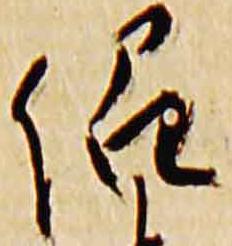
紹